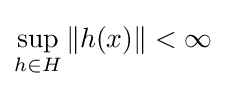
\sup _{h\in H}\|h(x)\|<\infty